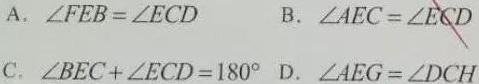
A. $\angle FEB=\angle ECD$
B. $\angle AEC=\angle ECD$
C. $\angle BEC+\angle ECD = 180^{\circ}$
D. $\angle AEG=\angle DCH$